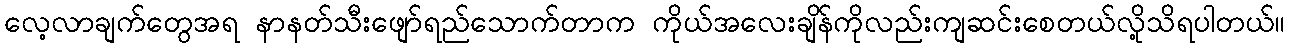
လေ့လာချက်တွေအရ နာနတ်သီးဖျော်ရည်သောက်တာက ကိုယ်အလေးချိန်ကိုလည်းကျဆင်းစေတယ်လို့သိရပါတယ်။